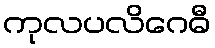
ကုလပလိဂေဓီ